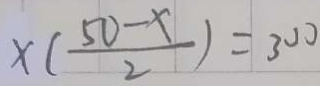
\times ( \frac { 5 0 - x } { 2 } ) = 3 0 0